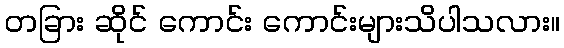
တခြား ဆိုင် ကောင်း ကောင်းများသိပါသလား။